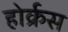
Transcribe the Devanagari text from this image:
होर्क्रस